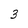
Character: 3